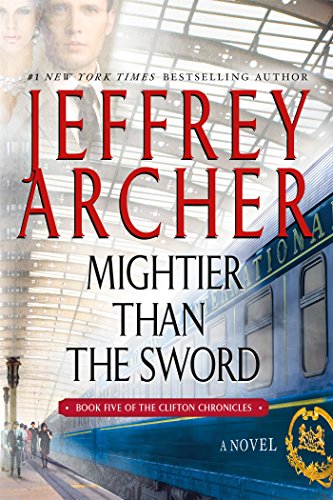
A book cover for Mightier than the Sword: A Novel (The Clifton Chronicles); Jeffrey Archer; Literature & Fiction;